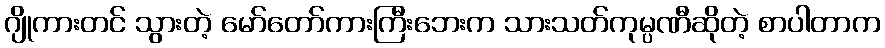
ဂျိုကားတင် သွားတဲ့ မော်တော်ကားကြီးဘေးက သားသတ်ကုမ္ပဏီဆိုတဲ့ စာပါတာက